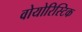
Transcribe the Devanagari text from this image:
वोयोरिस्टिक